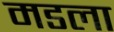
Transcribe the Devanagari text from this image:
मडला